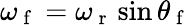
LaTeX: \omega_{\mathrm{~f~}}=\omega_{\mathrm{~r~}}\sin\theta_{\mathrm{~f~}}